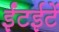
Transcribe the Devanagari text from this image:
ईंटईटें